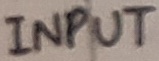
Text: INPUT